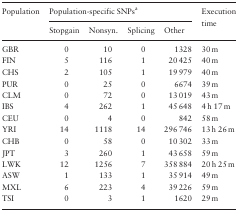
| <ROWSPAN=2> Population | <COLSPAN=4> Population-specific SNPsa | <ROWSPAN=2> Execution time |
 | Stopgain | Nonsyn. | Splicing | Other |
 | --- | --- | --- | --- | --- | --- |
 | GBR | 0 | 10 | 0 | 1328 | 30 m |
 | FIN | 5 | 116 | 1 | 20 425 | 40 m |
 | CHS | 2 | 105 | 1 | 19 979 | 40 m |
 | PUR | 0 | 25 | 0 | 6674 | 39 m |
 | CLM | 0 | 72 | 0 | 13 019 | 43 m |
 | IBS | 4 | 262 | 1 | 45 648 | 4 h 17 m |
 | CEU | 0 | 4 | 0 | 842 | 58 m |
 | YRI | 14 | 1118 | 14 | 296 746 | 13 h 26 m |
 | CHB | 0 | 58 | 0 | 10 302 | 33 m |
 | JPT | 3 | 260 | 1 | 43 658 | 59 m |
 | LWK | 12 | 1256 | 7 | 358 884 | 20 h 25 m |
 | ASW | 1 | 133 | 1 | 35 914 | 49 m |
 | MXL | 6 | 223 | 4 | 39 226 | 59 m |
 | TSI | 0 | 3 | 1 | 1620 | 29 m |